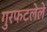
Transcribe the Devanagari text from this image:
गुरफटलेले